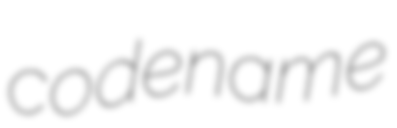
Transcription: codename